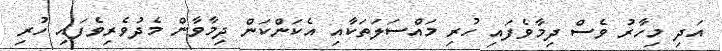
އަދި މިހާރު ވެސް ދިމާވެފައި ހުރި މައްސަލަތަކާއި އެކަންކަން ދިމާވާން މެދުވެރިވެފައި ހުރި